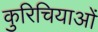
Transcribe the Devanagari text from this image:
कुरिचियाओं